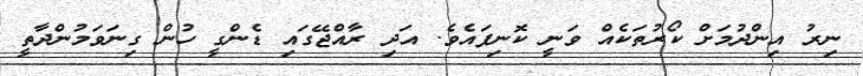
ނިރު އިންދުމަށް ކޯރުތަކެއް ވަނީ ކޮނިފައެވެ. އަދި ރާއްޖޭގައި ޑެންގީ ހުން ގިނަވަމުންދާތީ